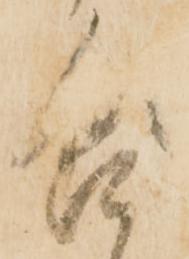
含